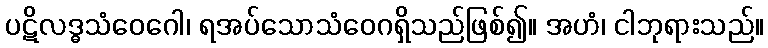
ပဋိလဒ္ဓသံဝေဂေါ၊ ရအပ်သောသံဝေဂရှိသည်ဖြစ်၍။ အဟံ၊ ငါဘုရားသည်။